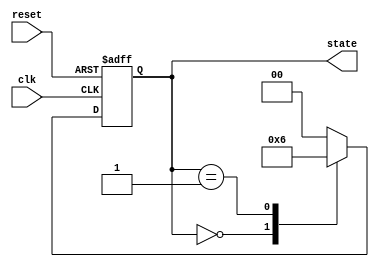
module timer_example (
    input wire clk,          // External clock signal
    input wire reset,        // Asynchronous reset signal
    output reg [1:0] state   // State output
);

    // State encoding
    localparam S0 = 2'b00, S1 = 2'b01, S2 = 2'b10;

    // Initial state
    initial begin
        state = S0;
    end

    // Clock process to generate state transitions based on timer
    always @(posedge clk or posedge reset) begin
        if (reset) begin
            state <= S0; // Reset to initial state
        end else begin
            // State transition based on timer events
            case (state)
                S0: begin
                    // Wait for 10 time units before transitioning to S1
                    #10 state <= S1;
                end
                S1: begin
                    // Wait for 15 time units before transitioning to S2
                    #15 state <= S2;
                end
                S2: begin
                    // Wait for 20 time units before transitioning back to S0
                    #20 state <= S0;
                end
                default: state <= S0; // Default case
            endcase
        end
    end

endmodule